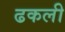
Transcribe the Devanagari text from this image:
ढकली